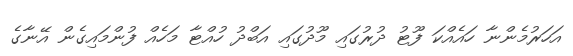
އަހަރުމެންނާ ހައެއްކަ ފޫޓު ދުރުގައި މޫދުގައި އަބްދު ހުއްޓާ މަހެއް ފުންމައިގެން އޭނާގެ